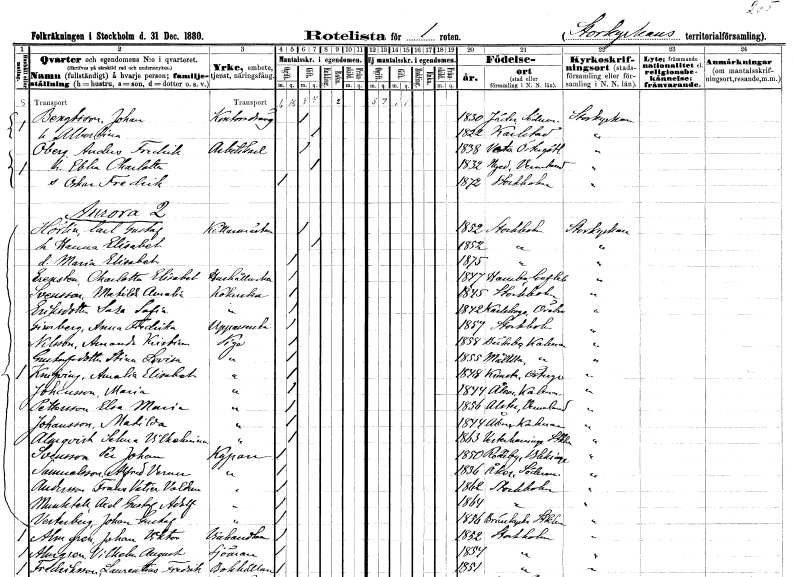
gt_parse: households: individuals: FN: Johan
EN: Bengtsson
YRKE: Kontorsdräng
KON: M
CIV: G
FODAR: 1830
FODFORS: Jäder Södermanlands län
FN: Albertina
KON: K
CIV: G
FODAR: 1822
FODFORS: Karlstad Värmlands län
FN: Anders Fredrik
EN: Öberg
YRKE: Arbetskarl
KON: M
CIV: G
FODAR: 1838
FODFORS: Veta Östergötlands län
FN: Ebba Charlotta
KON: K
CIV: G
FODAR: 1832
FODFORS: Nyed Värmlands län
FN: Oskar Fredrik
KON: M
CIV: O
FODAR: 1872
FODFORS: Stockholm
FN: Carl Gustaf
EN: Hörlin
YRKE: Källarmästare
KON: M
CIV: G
FODAR: 1852
FODFORS: Stockholm
FN: Hanna Elisabet
KON: K
CIV: G
FODAR: 1852
FODFORS: Stockholm
FN: Maria Elisabet
KON: K
CIV: O
FODAR: 1875
FODFORS: Stockholm
FN: Charlotta Elisabet
EN: Erensten
YRKE: Hushållerska
KON: K
CIV: O
FODAR: 1847
FODFORS: Hanebo Gävleborgs län
FN: Matilda Amalia
EN: Svensson
YRKE: Kokerska
KON: K
CIV: O
FODAR: 1845
FODFORS: Stockholm
FN: Sara Sofia
EN: Eriksdotter
YRKE: Kokerska
KON: K
CIV: O
FODAR: 1842
FODFORS: Karlskoga Örebro län
FN: Anna Fredrika
EN: Grinberg
YRKE: Uppasserska
KON: K
CIV: O
FODAR: 1857
FODFORS: Stockholm
FN: Amanda Kristina
EN: Nilsson
YRKE: Piga
KON: K
CIV: O
FODAR: 1858
FODFORS: Bäckebo Kalmar län
FN: Stina Lovisa
EN: Gustafsdotter
YRKE: Piga
KON: K
CIV: O
FODAR: 1855
FODFORS: Målilla med Gårdveda Kalmar län
FN: Amalia Elisabet
EN: Knifving
YRKE: Piga
KON: K
CIV: O
FODAR: 1848
FODFORS: Kimstad Östergötlands län
FN: Maria
EN: Johansson
YRKE: Piga
KON: K
CIV: O
FODAR: 1844
FODFORS: Ålem Kalmar län
FN: Elsa Maria
EN: Pettersson
YRKE: Piga
KON: K
CIV: O
FODAR: 1856
FODFORS: Alster Värmlands län
FN: Matilda
EN: Johansson
YRKE: Piga
KON: K
CIV: O
FODAR: 1844
FODFORS: Åker Jönköpings län
FN: Selma Vilhelmina
EN: Almqvist
YRKE: Piga
KON: K
CIV: O
FODAR: 1863
FODFORS: Västerhaninge Stockholms län
FN: Per Johan
EN: Svensson
YRKE: Kypare
KON: M
CIV: O
FODAR: 1850
FODFORS: Rödeby Blekinge län
FN: Alfred Verner
EN: Samuelsson
YRKE: Kypare
KON: M
CIV: O
FODAR: 1836
FODFORS: Åker Södermanlands län
FN: Frans Valter Valdemar
EN: Andersson
YRKE: Kypare
KON: M
CIV: O
FODAR: 1862
FODFORS: Stockholm
FN: Axel Gustaf Adolf
EN: Munktell
YRKE: Kypare
KON: M
CIV: O
FODAR: 1864
FODFORS: Stockholm
FN: Johan Gustaf
EN: Vesterberg
YRKE: Kypare
KON: M
CIV: O
FODAR: 1856
FODFORS: Brännkyrka Stockholms län